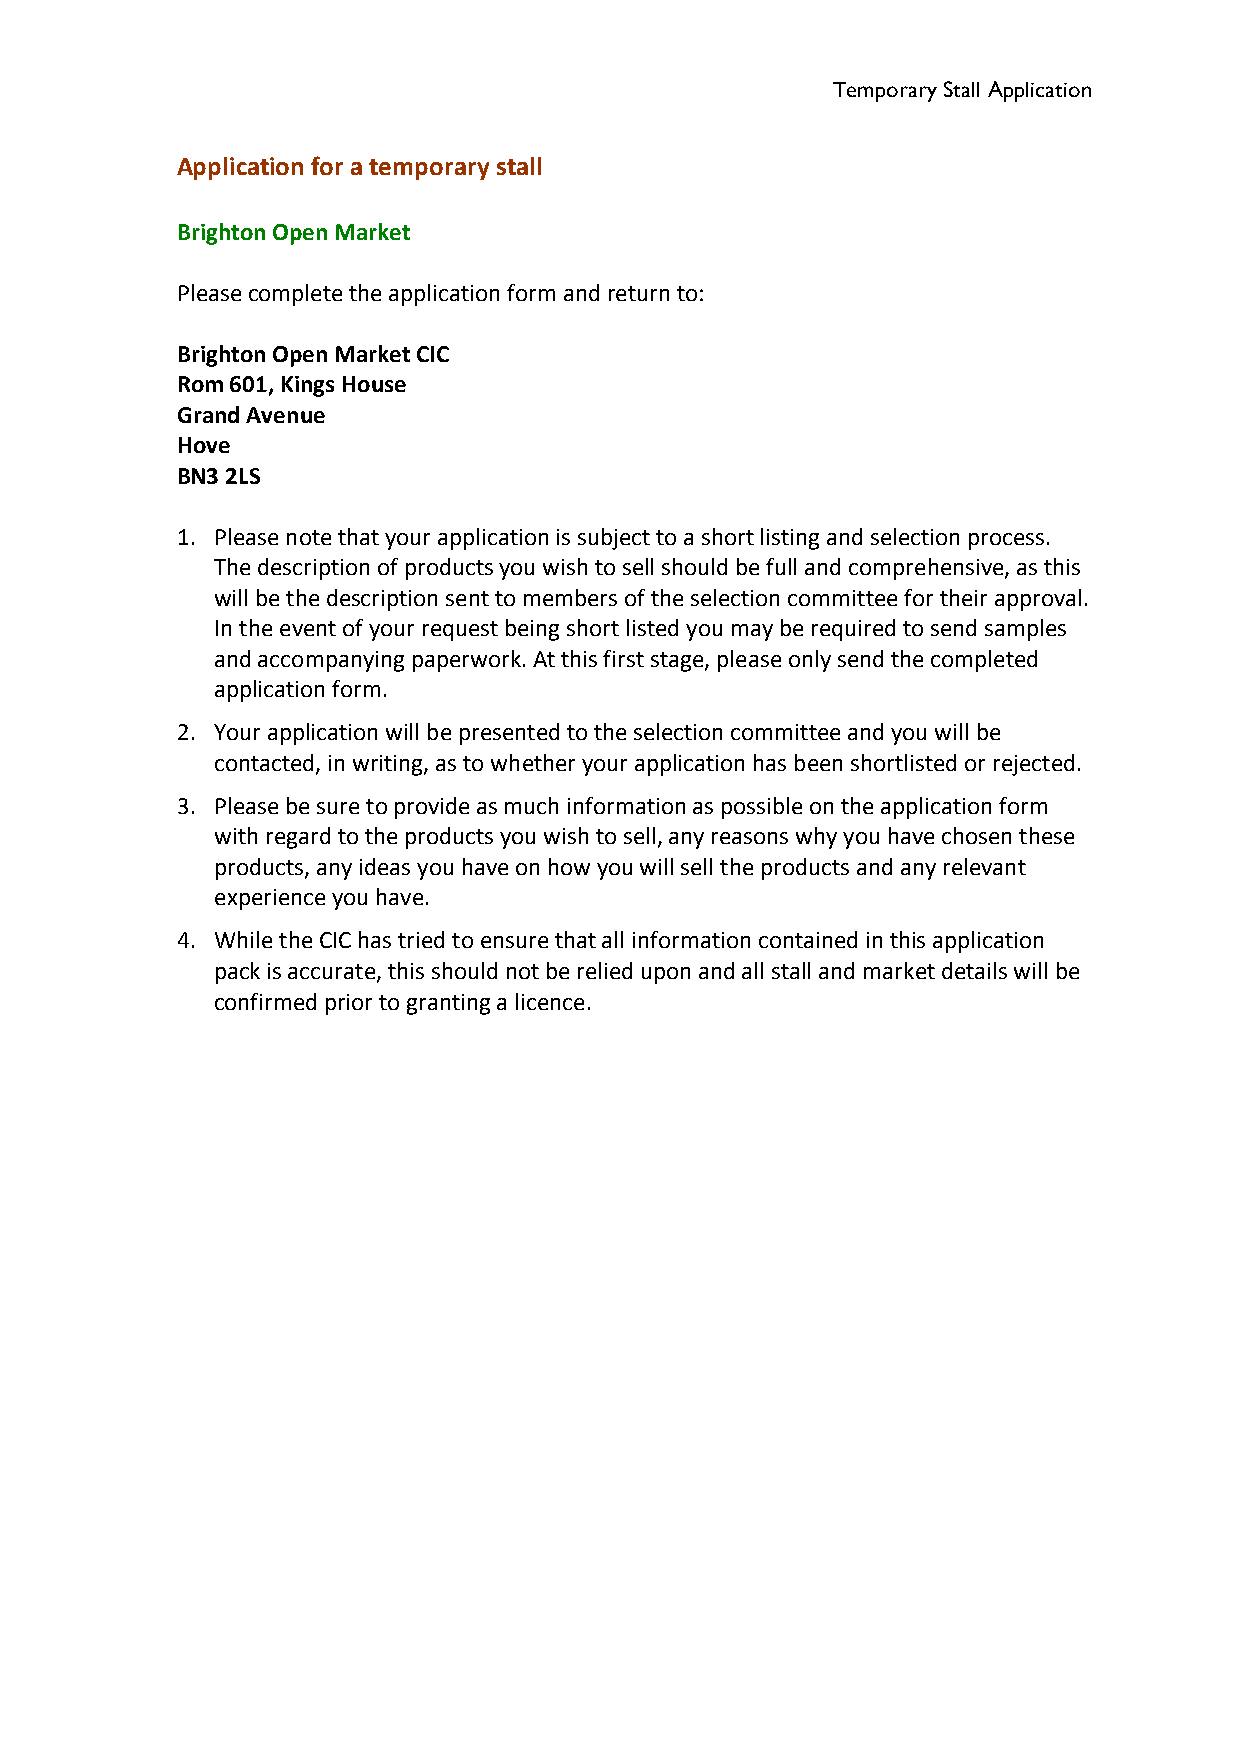
Temporary Stall Application
 Application for a temporary stall
 Brighton Open Market
 Please complete the application form and return to:
 Brighton Open Market CIC
 Rom 601, Kings House
 Grand Avenue
 Hove
 BN3 2LS
 1. Please note that your application is subject to a short listing and selection process.
 The description of products you wish to sell should be full and comprehensive, as this
 will be the description sent to members of the selection committee for their approval.
 In the event of your request being short listed you may be required to send samples
 and accompanying paperwork. At this first stage, please only send the completed
 application form.
 2. Your application will be presented to the selection committee and you will be
 contacted, in writing, as to whether your application has been shortlisted or rejected.
 3. Please be sure to provide as much information as possible on the application form
 with regard to the products you wish to sell, any reasons why you have chosen these
 products, any ideas you have on how you will sell the products and any relevant
 experience you have.
 4. While the CIC has tried to ensure that all information contained in this application
 pack is accurate, this should not be relied upon and all stall and market details will be
 confirmed prior to granting a licence.